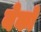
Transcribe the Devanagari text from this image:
येको